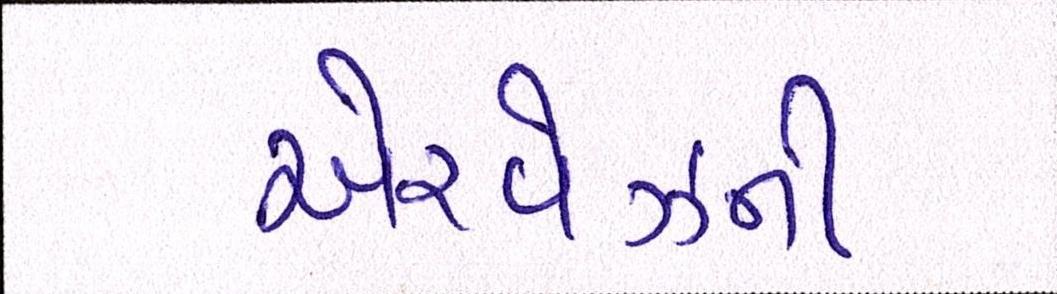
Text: એરવેઝની